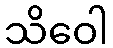
သိဝေါ